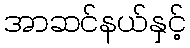
အာဆင်နယ်နှင့်